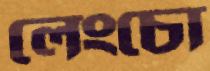
লেংচো